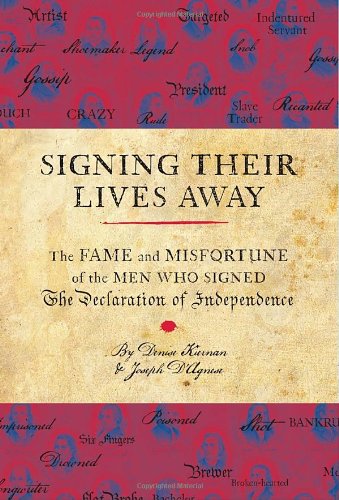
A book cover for Signing Their Lives Away: The Fame and Misfortune of the Men Who Signed the Declaration of Independence; Denise Kiernan; Humor & Entertainment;